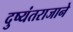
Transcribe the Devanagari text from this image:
दुष्यंतराजाने